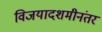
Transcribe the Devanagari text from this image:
विजयादशमीनंतर